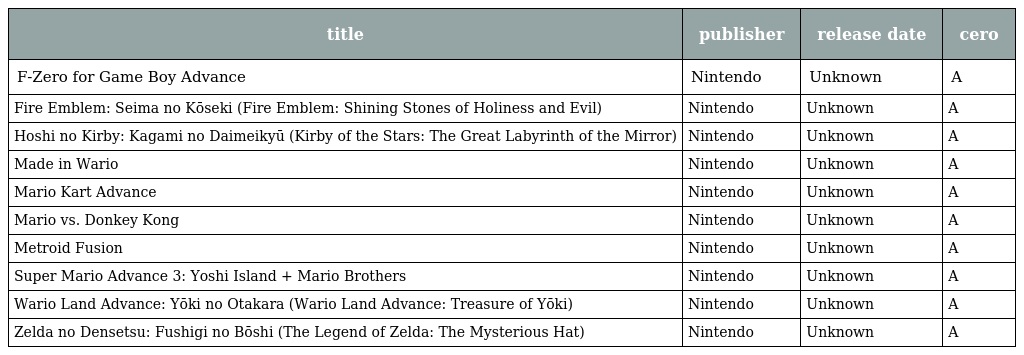
| title | publisher | release date | cero |
 | --- | --- | --- | --- |
 | F-Zero for Game Boy Advance | Nintendo | Unknown | A |
 | Fire Emblem: Seima no Kōseki (Fire Emblem: Shining Stones of Holiness and Evil) | Nintendo | Unknown | A |
 | Hoshi no Kirby: Kagami no Daimeikyū (Kirby of the Stars: The Great Labyrinth of the Mirror) | Nintendo | Unknown | A |
 | Made in Wario | Nintendo | Unknown | A |
 | Mario Kart Advance | Nintendo | Unknown | A |
 | Mario vs. Donkey Kong | Nintendo | Unknown | A |
 | Metroid Fusion | Nintendo | Unknown | A |
 | Super Mario Advance 3: Yoshi Island + Mario Brothers | Nintendo | Unknown | A |
 | Wario Land Advance: Yōki no Otakara (Wario Land Advance: Treasure of Yōki) | Nintendo | Unknown | A |
 | Zelda no Densetsu: Fushigi no Bōshi (The Legend of Zelda: The Mysterious Hat) | Nintendo | Unknown | A |